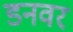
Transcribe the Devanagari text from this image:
डनवर